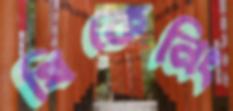
থিকেনিং